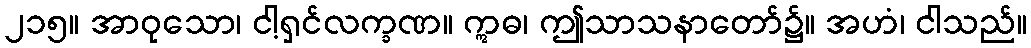
၂၁၅။ အာဝုသော၊ ငါ့ရှင်လက္ခဏ။ ဣဓ၊ ဤသာသနာတော်၌။ အဟံ၊ ငါသည်။